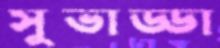
সুভাড্ডা